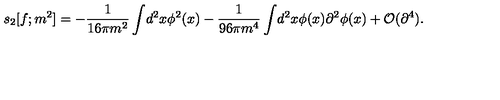
s _ { 2 } [ f ; m ^ { 2 } ] = - { \frac { 1 } { 1 6 \pi m ^ { 2 } } } \int \! d ^ { 2 } x \phi ^ { 2 } ( x ) - { \frac { 1 } { 9 6 \pi m ^ { 4 } } } \int \! d ^ { 2 } x \phi ( x ) \partial ^ { 2 } \phi ( x ) + { \cal O } ( \partial ^ { 4 } ) .